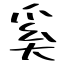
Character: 奚